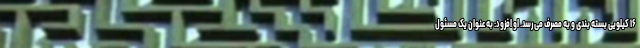
۱۶ کیلویی بسته بندی و به مصرف می‌رسد. او افزود: به عنوان یک مسئول